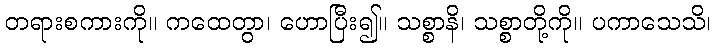
တရားစကားကို။ ကထေတွာ၊ ဟောပြီး၍။ သစ္စာနိ၊ သစ္စာတို့ကို။ ပကာသေသိ၊